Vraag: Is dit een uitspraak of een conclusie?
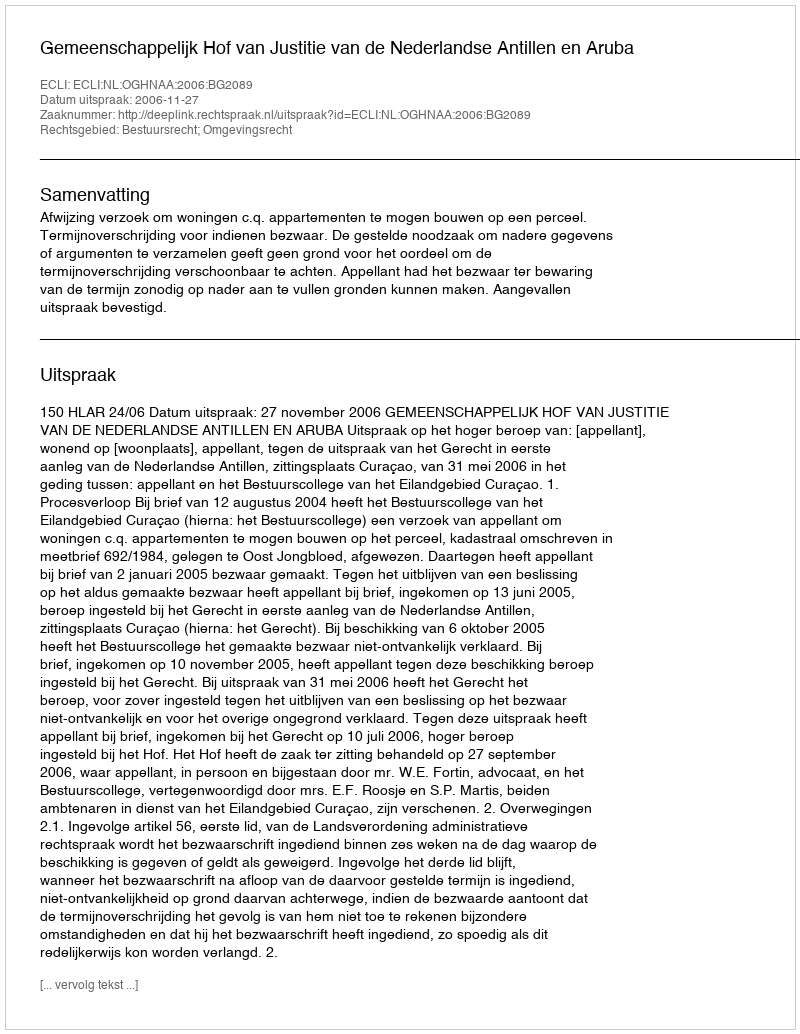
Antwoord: Uitspraak